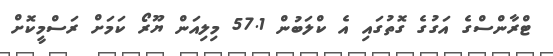
ޓްރާންސްގެ އަގުގެ ގޮތުގައި އެ ކްލަބުން 57.1 މިލިއަން ޔޫރޯ ކަމަށް ރަސްމީކޮށް